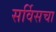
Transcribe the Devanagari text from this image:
सर्विसचा